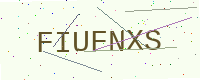
Text: FIUFNXS